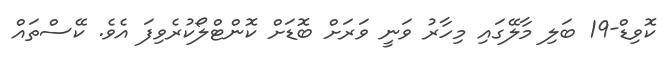
ކޮވިޑް-19 ބަލި މާލޭގައި މިހާރު ވަނީ ވަރަށް ބޮޑަށް ކޮންޓްލޯކުރެވިފަ އެވެ. ކޭސްތައް